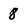
Character: 8